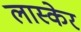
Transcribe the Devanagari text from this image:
लास्केर